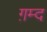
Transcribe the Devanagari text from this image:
ग़म्द